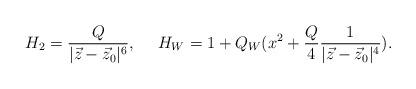
LaTeX: \begin{align*}H_{2}={{Q}\over{|\vec{z}-\vec{z}_{0}|^{6}}},\ \ \ \ H_{W}=1+Q_{W}(x^{2}+{Q\over 4}{1\over {|\vec{z}-\vec{z}_{0}|^{4}}}).\end{align*}